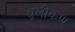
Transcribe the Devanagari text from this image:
धूलीकण